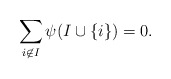
\begin{align*} \sum_{i \not \in I} \psi(I \cup \{i\}) = 0.\end{align*}